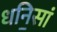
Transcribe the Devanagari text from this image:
धनि॒सां